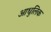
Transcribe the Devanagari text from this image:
आधुलिक